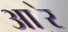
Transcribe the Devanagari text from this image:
आ॓र